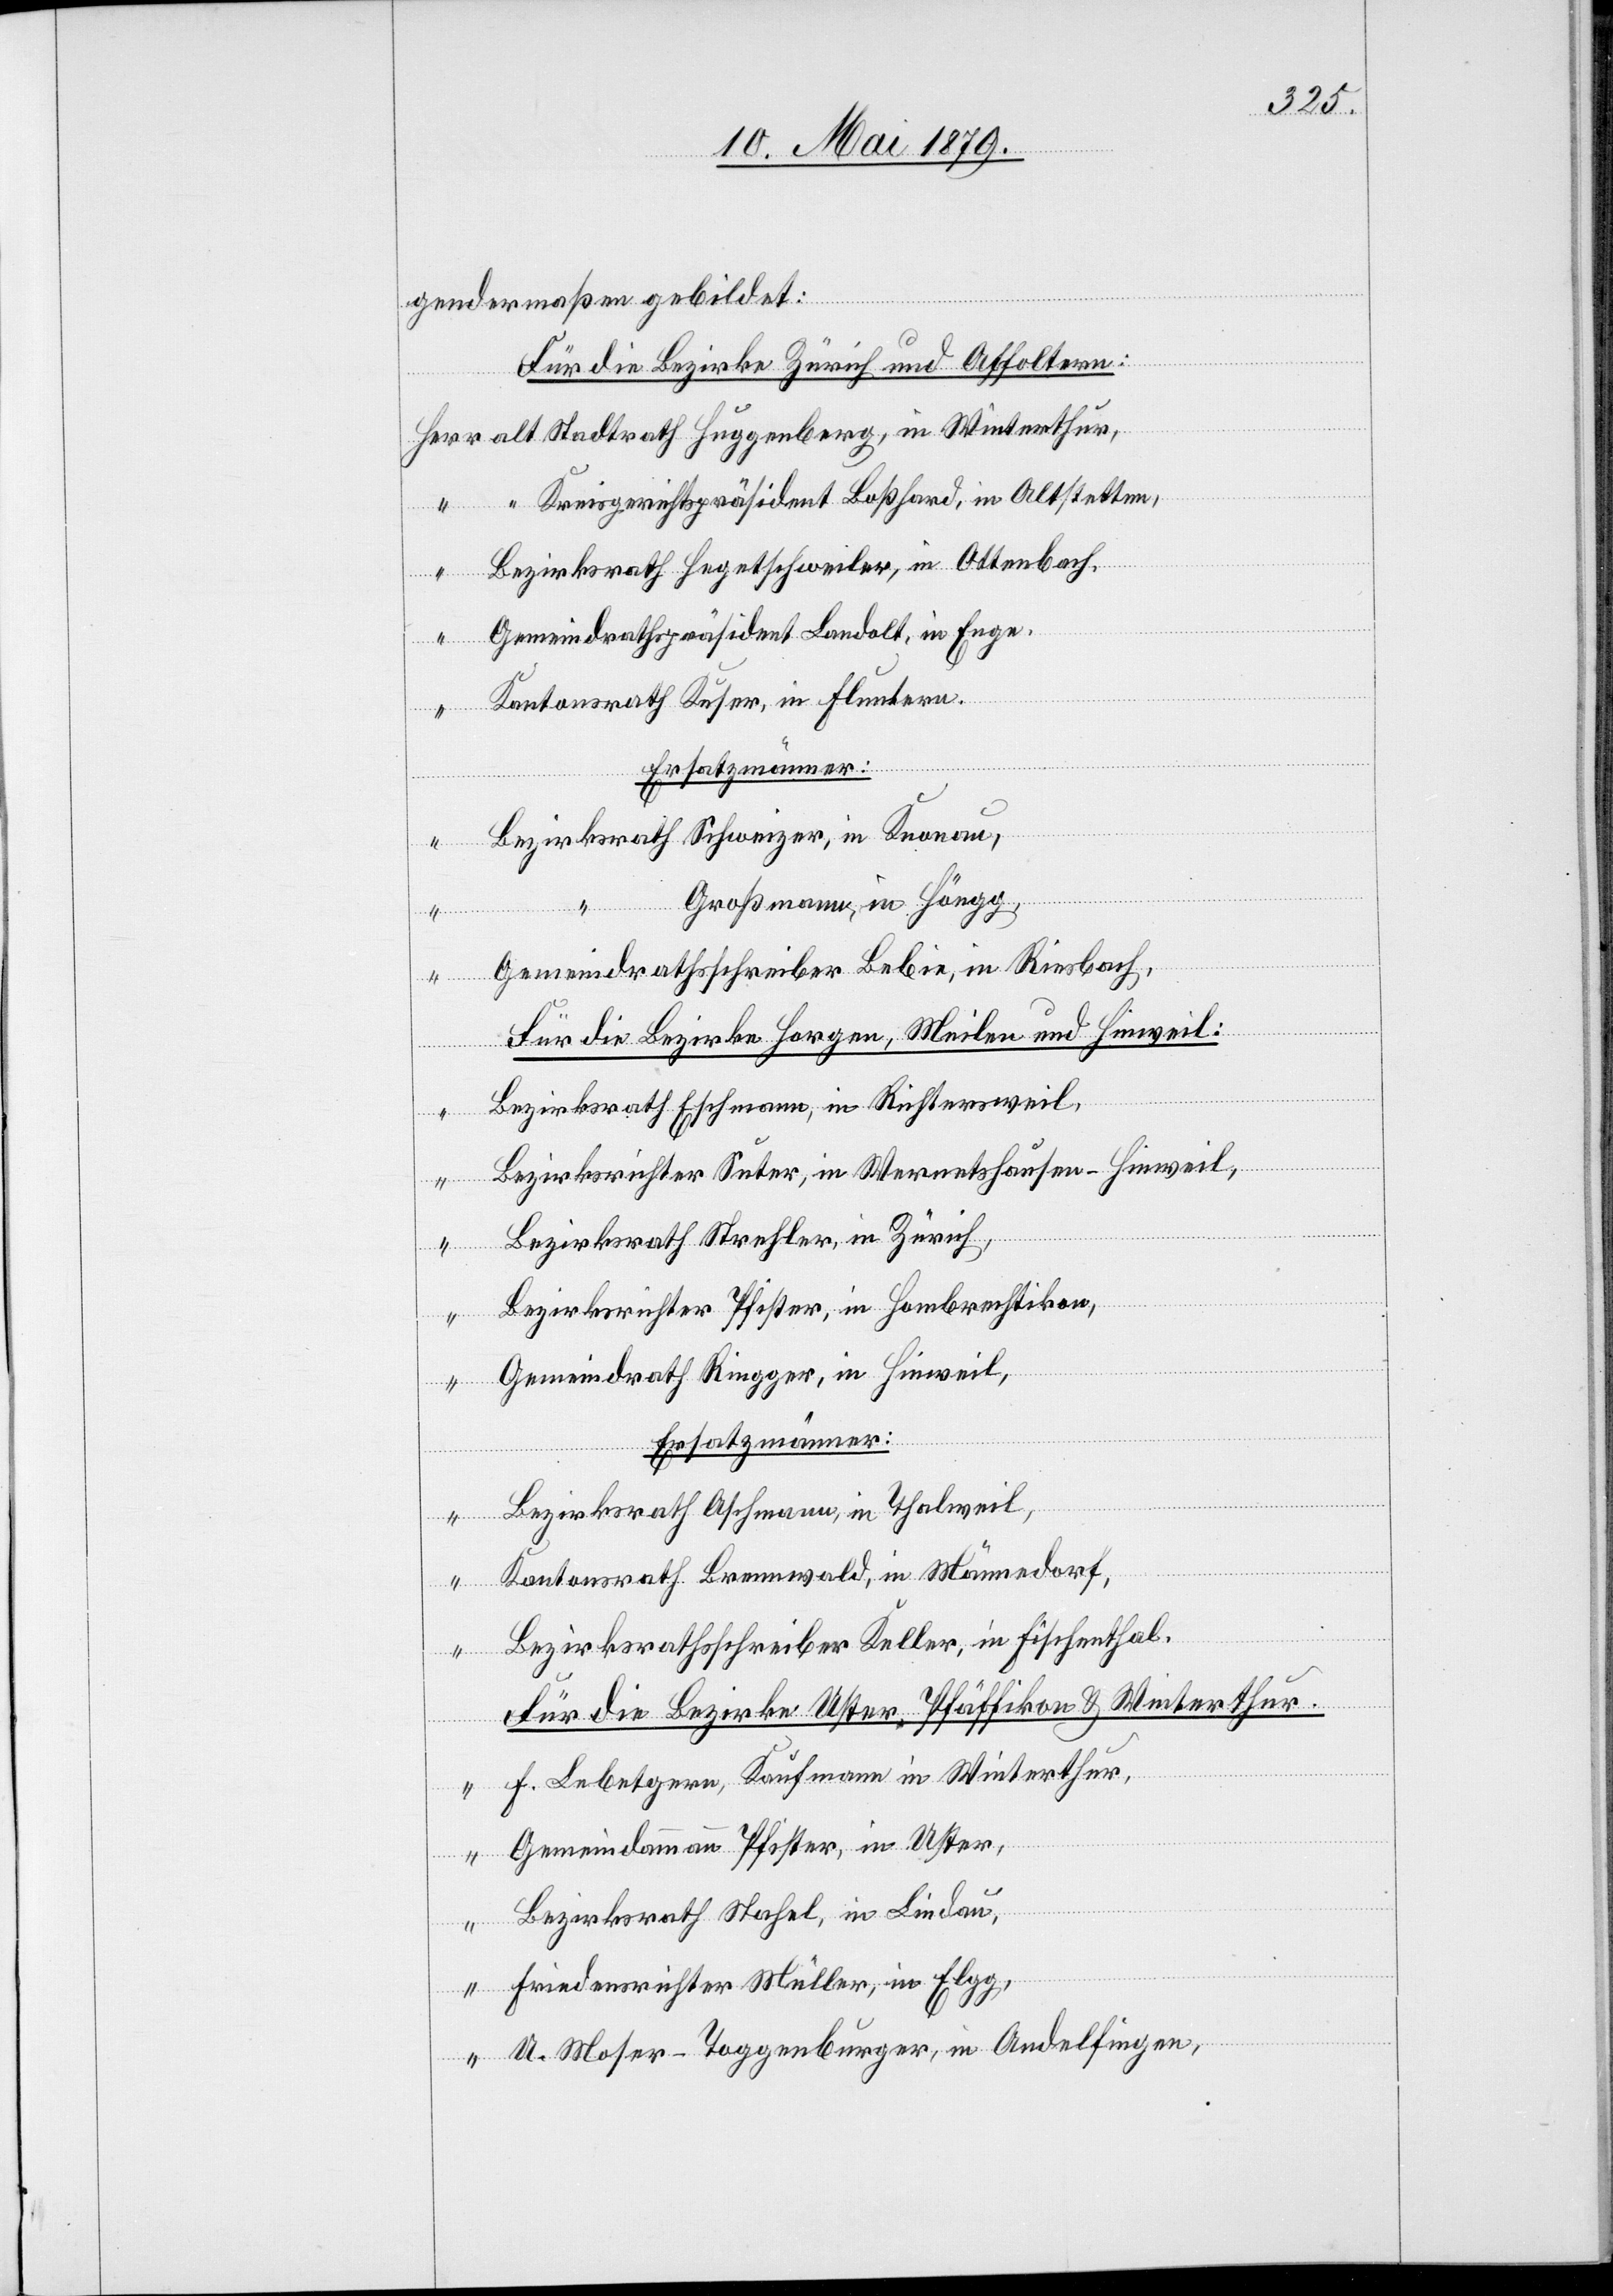
gendermaßen gebildet:
Für die Bezirke Zürich und Affoltern:
alt Stadtrath Huggenberg, in Winterthur,
Kreisgerichtspräsident Boßhard, in Altstetten,
Herr
Bezirksrath Hegetschweiler, in Ottenbach,
Gemeindrathspräsident Landolt, in Enge,
Kantonsrath Kuser, in Fluntern.
Ersatzmänner:
Bezirksrath Schweizer, in Knonau,
“ Großmann, in Höngg,
Gemeindrathsschreiber Bebie, in Riesbach,
Für die Bezirke Horgen, Meilen und Hinweil:
Bezirksrath Eschmann, in Richtersweil,
Bezirksrichter Suter, in Wernetshausen - Hinweil,
Bezirksrath Strehler, in Zürich,
Bezirksrichter Pfister, in Hombrechtikon,
Gemeindrath Ringger, in Hinweil,
Ersatzmänner
Bezirksrath Aschmann, in Thalweil,
Kantonsrath Brennwald, in Männedorf,
Bezirksrathsschreiber Keller, in Fischenthal.
Für die Bezirke Uster, Pfäffikon & Winterthur.
F. Lebetgern, Kaufmann in Winterthur,
Gemeindammann Pfister, in Uster,
Bezirksrath Stahel, in Lindau,
“
Friedensrichter Müller, in Elgg,
U. Moser-Toggenburger, in Andelfingen,